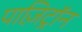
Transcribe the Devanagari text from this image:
पाज़िट्रॉन